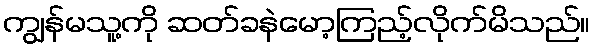
ကျွန်မသူ့ကို ဆတ်ခနဲမော့ကြည့်လိုက်မိသည်။